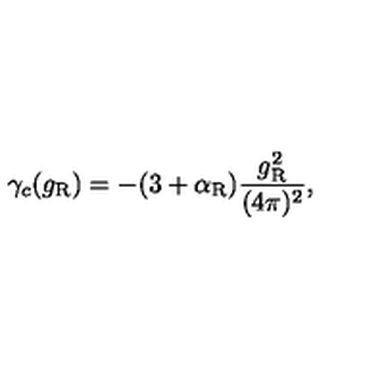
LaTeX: \gamma _ { c } ( g _ { \mathrm { R } } ) = - ( 3 + \alpha _ { \mathrm { R } } ) \frac { g _ { \mathrm { R } } ^ { 2 } } { ( 4 \pi ) ^ { 2 } } ,